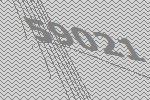
59021